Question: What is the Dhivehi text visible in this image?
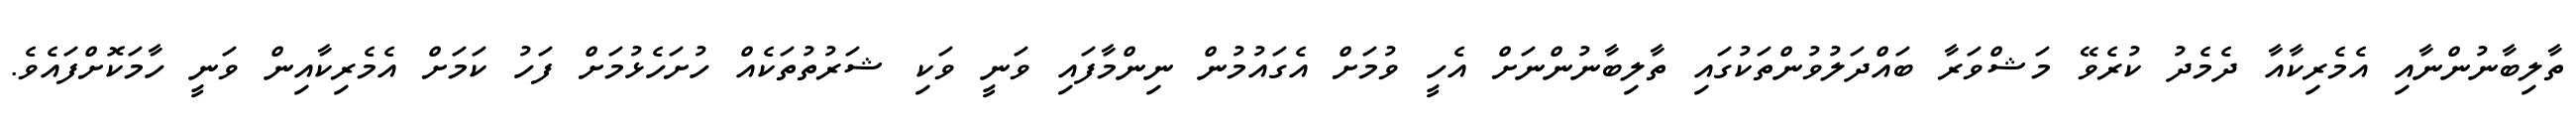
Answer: ތާލިބާނުންނާއި އެމެރިކާއާ ދެމެދު ކުރެވޭ މަޝްވަރާ ބައްދަލުވުންތަކުގައި ތާލިބާނުންނަށް އެހީ ވުމަށް އެގައުމުން ނިންމާފައި ވަނީ ވަކި ޝަރުތުތަކެއް ހުށަހެޅުމަށް ފަހު ކަމަށް އެމެރިކާއިން ވަނީ ހާމަކޮށްފައެވެ.